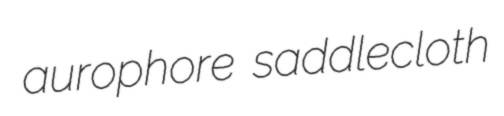
aurophore saddlecloth